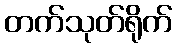
တက်သုတ်ရိုက်